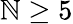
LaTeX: \mathbb{N}\geq5